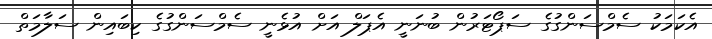
އެކަމަކު ސެމްސަންގުގެ ސަޕޯޓަރުން ބުނަނީ އެޕަލް އަށް އުޅެނީ ސެމްސަންގުގެ ކިބައިން ސަލާމަތް